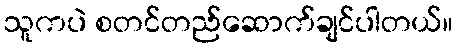
သူကပဲ စတင်တည်ဆောက်ချင်ပါတယ်။